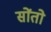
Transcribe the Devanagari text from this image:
सोंतो